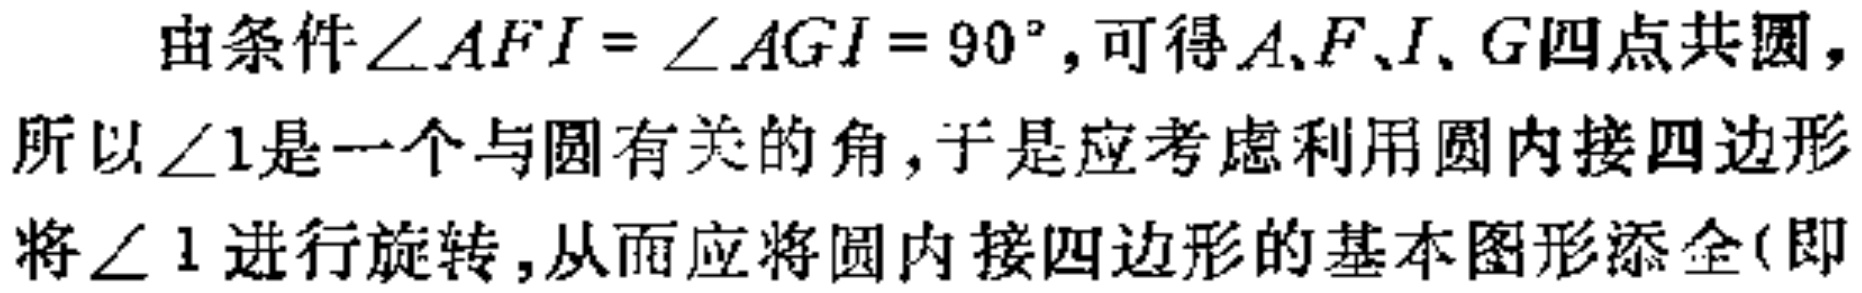
由条件$\angle AFI = \angle AGI = 90^{\circ}$, 可得$A、F、I、G$四点共圆，所以$\angle 1$是一个与圆有关的角，于是应考虑利用圆内接四边形将$\angle 1$进行旋转，从而应将圆内接四边形的基本图形添全(即